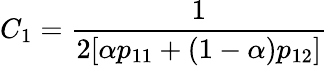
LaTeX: C_{1}=\frac{1}{2[\alpha p_{11}+(1-\alpha)p_{12}]}